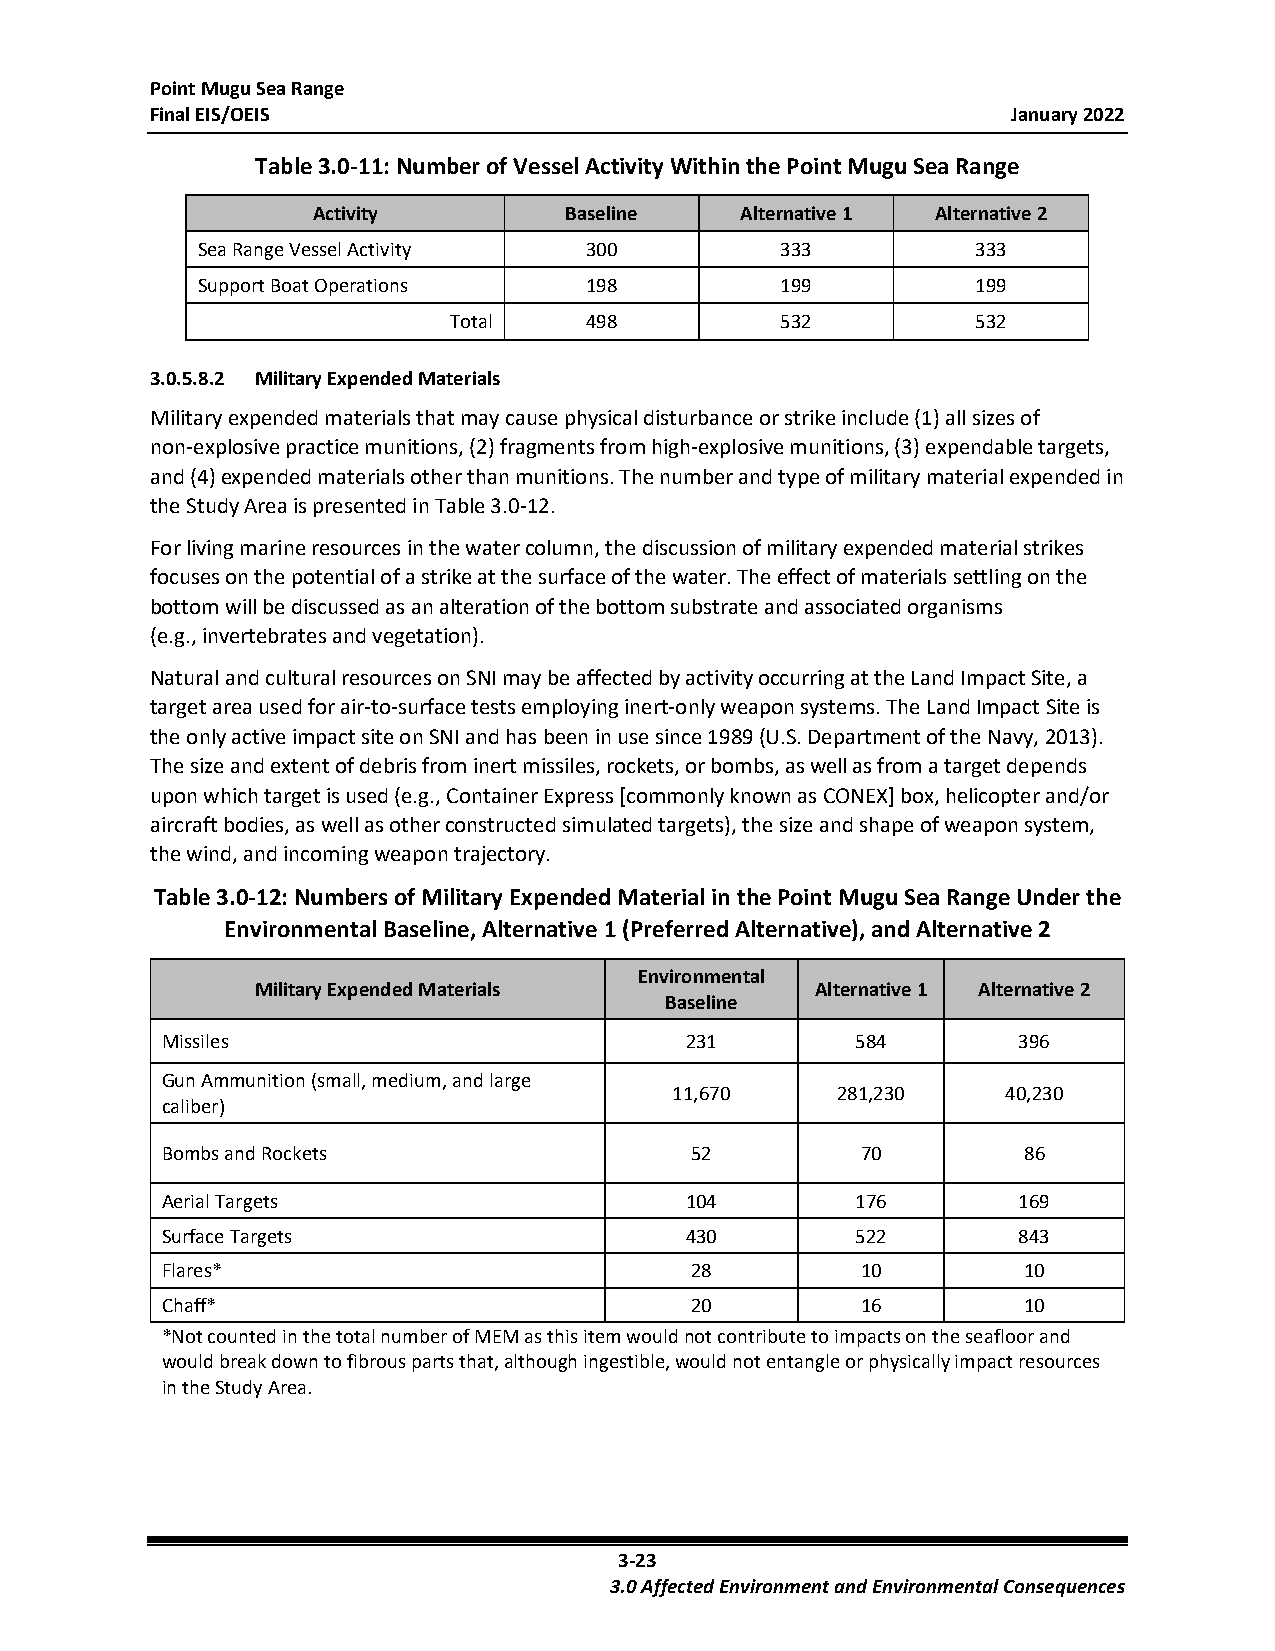
Point Mugu Sea Range
 Final EIS/OEIS                                           January 2022
 Table 3.0-11: Number of Vessel Activity Within the Point Mugu Sea Range
 Activity        Baseline    Alternative 1 Alternative 2
 Sea Range Vessel Activity 300          333          333
 Support Boat Operations   198          199          199
 Total    498          532          532
 3.0.5.8.2 Military Expended Materials
 Military expended materials that may cause physical disturbance or strike include (1) all sizes of
 non-explosive practice munitions, (2) fragments from high-explosive munitions, (3) expendable targets,
 and (4) expended materials other than munitions. The number and type of military material expended in
 the Study Area is presented in Table 3.0-12.
 For living marine resources in the water column, the discussion of military expended material strikes
 focuses on the potential of a strike at the surface of the water. The effect of materials settling on the
 bottom will be discussed as an alteration of the bottom substrate and associated organisms
 (e.g., invertebrates and vegetation).
 Natural and cultural resources on SNI may be affected by activity occurring at the Land Impact Site, a
 target area used for air-to-surface tests employing inert-only weapon systems. The Land Impact Site is
 the only active impact site on SNI and has been in use since 1989 (U.S. Department of the Navy, 2013).
 The size and extent of debris from inert missiles, rockets, or bombs, as well as from a target depends
 upon which target is used (e.g., Container Express [commonly known as CONEX] box, helicopter and/or
 aircraft bodies, as well as other constructed simulated targets), the size and shape of weapon system,
 the wind, and incoming weapon trajectory.
 Table 3.0-12: Numbers of Military Expended Material in the Point Mugu Sea Range Under the
 Environmental Baseline, Alternative 1 (Preferred Alternative), and Alternative 2
 Environmental
 Military Expended Materials          Alternative 1 Alternative 2
 Baseline
 Missiles                          231         584       396
 Gun Ammunition (small, medium, and large
 11,670    281,230     40,230
 caliber)
 Bombs and Rockets                  52         70         86
 Aerial Targets                    104         176       169
 Surface Targets                   430         522       843
 Flares*                            28         10         10
 Chaff*                             20         16         10
 *Not counted in the total number of MEM as this item would not contribute to impacts on the seafloor and
 would break down to fibrous parts that, although ingestible, would not entangle or physically impact resources
 in the Study Area.
 3-23
 3.0 Affected Environment and Environmental Consequences